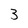
Character: 3